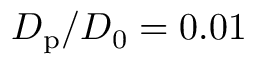
D _ { \mathrm { p } } / D _ { 0 } = 0 . 0 1